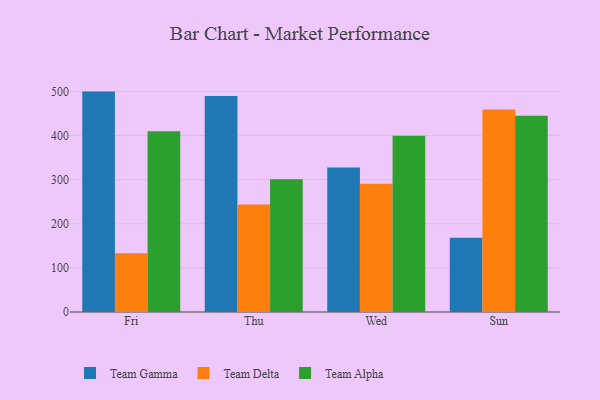
{"axis": {"x": "Day", "y": "Satisfaction Score"}, "legend": ["Team Alpha", "Team Delta", "Team Gamma"], "data": [{"x": "Fri", "y": 499.5, "type": "Team Gamma"}, {"x": "Fri", "y": 133.1, "type": "Team Delta"}, {"x": "Fri", "y": 409.5, "type": "Team Alpha"}, {"x": "Thu", "y": 489.6, "type": "Team Gamma"}, {"x": "Thu", "y": 243.9, "type": "Team Delta"}, {"x": "Thu", "y": 300.7, "type": "Team Alpha"}, {"x": "Wed", "y": 327.4, "type": "Team Gamma"}, {"x": "Wed", "y": 290.4, "type": "Team Delta"}, {"x": "Wed", "y": 399.5, "type": "Team Alpha"}, {"x": "Sun", "y": 168.1, "type": "Team Gamma"}, {"x": "Sun", "y": 458.9, "type": "Team Delta"}, {"x": "Sun", "y": 444.7, "type": "Team Alpha"}]}